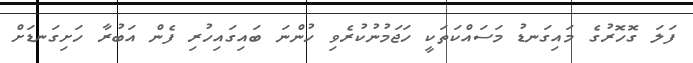
ފަލަ ގޮހޮރުގެ މައިގަނޑު މަސައްކަތަކީ ހަޖަމުނުކުރެވި ހުންނަ ބައިގައިހުރި ފެން އަބުރާ ހަށިގަނޑަށް